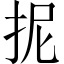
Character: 抳